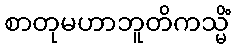
စာတုမဟာဘူတိကသ္မိံ